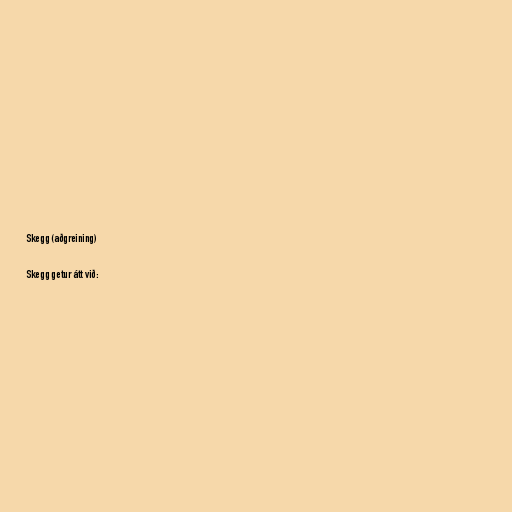
Skegg (aðgreining)

Skegg getur átt við: